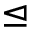
\trianglelefteq